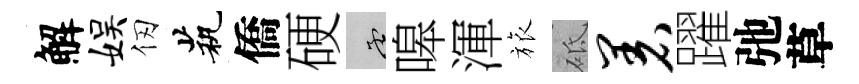
解娱仞茕僑硬孟嗥渾旅砥着躍弛草